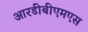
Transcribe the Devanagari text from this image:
आरडीबीएमएस